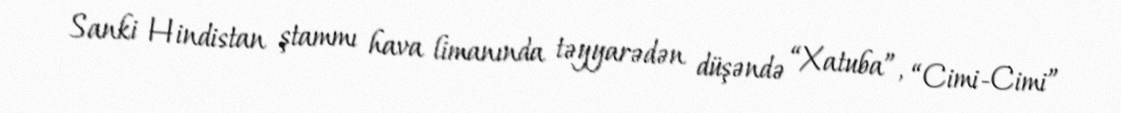
Sanki Hindistan ştammı hava limanında təyyarədən düşəndə “Xatuba”, “Cimi-Cimi”